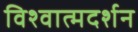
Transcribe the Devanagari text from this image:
विश्वात्मदर्शन